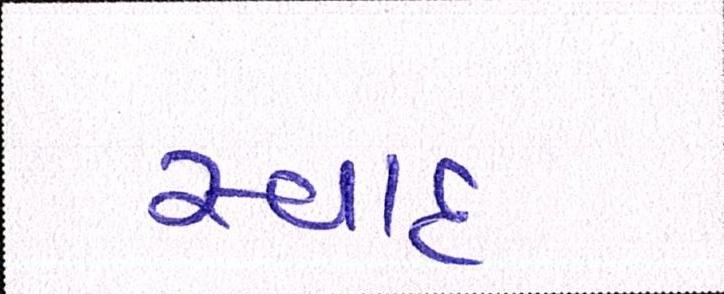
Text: સ્વાદ